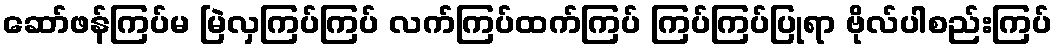
ဆော်ဖန်ကြပ်မ မြဲလှကြပ်ကြပ် လက်ကြပ်ထက်ကြပ် ကြပ်ကြပ်ပြုရာ ဗိုလ်ပါစည်းကြပ်